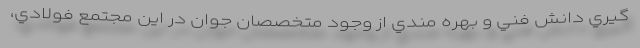
گيري دانش فني و بهره مندي از وجود متخصصان جوان در اين مجتمع فولادي،